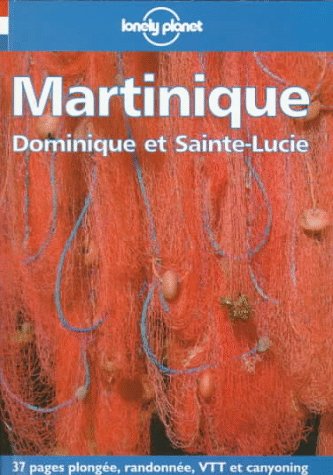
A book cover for Lonely Planet Martinique: Dominique Et Sainte-Lucie : Guide De Voyage (Lonely Planet Travel Guides French Edition); Lonely Planet; Travel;